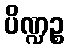
ပိဏ္ဍဉ္စ